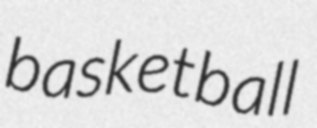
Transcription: basketball